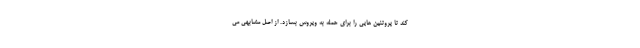
کند تا پروتئین هایی را برای حمله به ویروس بسازد. از اصل مشابهی می